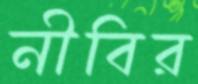
নীবির